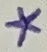
Text: *